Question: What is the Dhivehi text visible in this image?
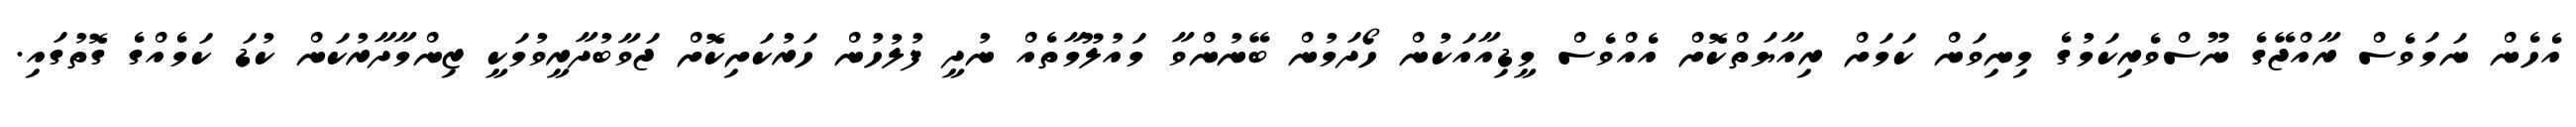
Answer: އެހެން ނަމަވެސް ރާއްޖޭގެ ނޫސްވެރިކަމުގެ މިނިވަން ކަމަށް ރިއާޔަތްކޮށް އެއްވެސް މީޑިއާއަކުން ހޯދަމުން ބޭނުންވާ މައުލޫމާތެއް ނުދީ ފުލުހުން ހަރުކަށިކޮށް ޖަވާބުދާރީވުމަކީ ޒިންމާދާރުކަން ކުޑަ ކަމެއްގެ ގޮތުގައި.